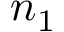
n _ { 1 }